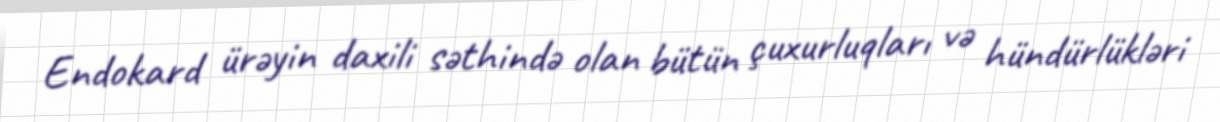
Endokard ürəyin daxili səthində olan bütün çuxurluqları və hündürlükləri